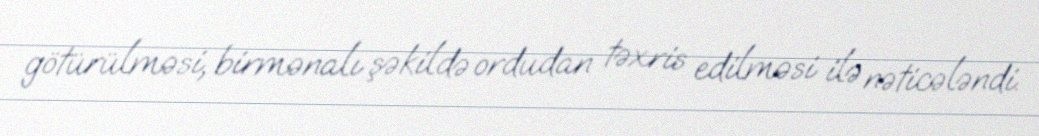
götürülməsi, birmənalı şəkildə ordudan təxris edilməsi ilə nəticələndi.